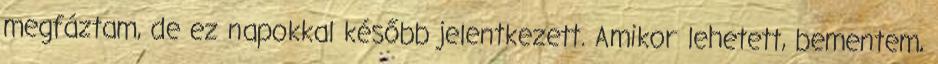
megfáztam, de ez napokkal később jelentkezett. Amikor lehetett, bementem,